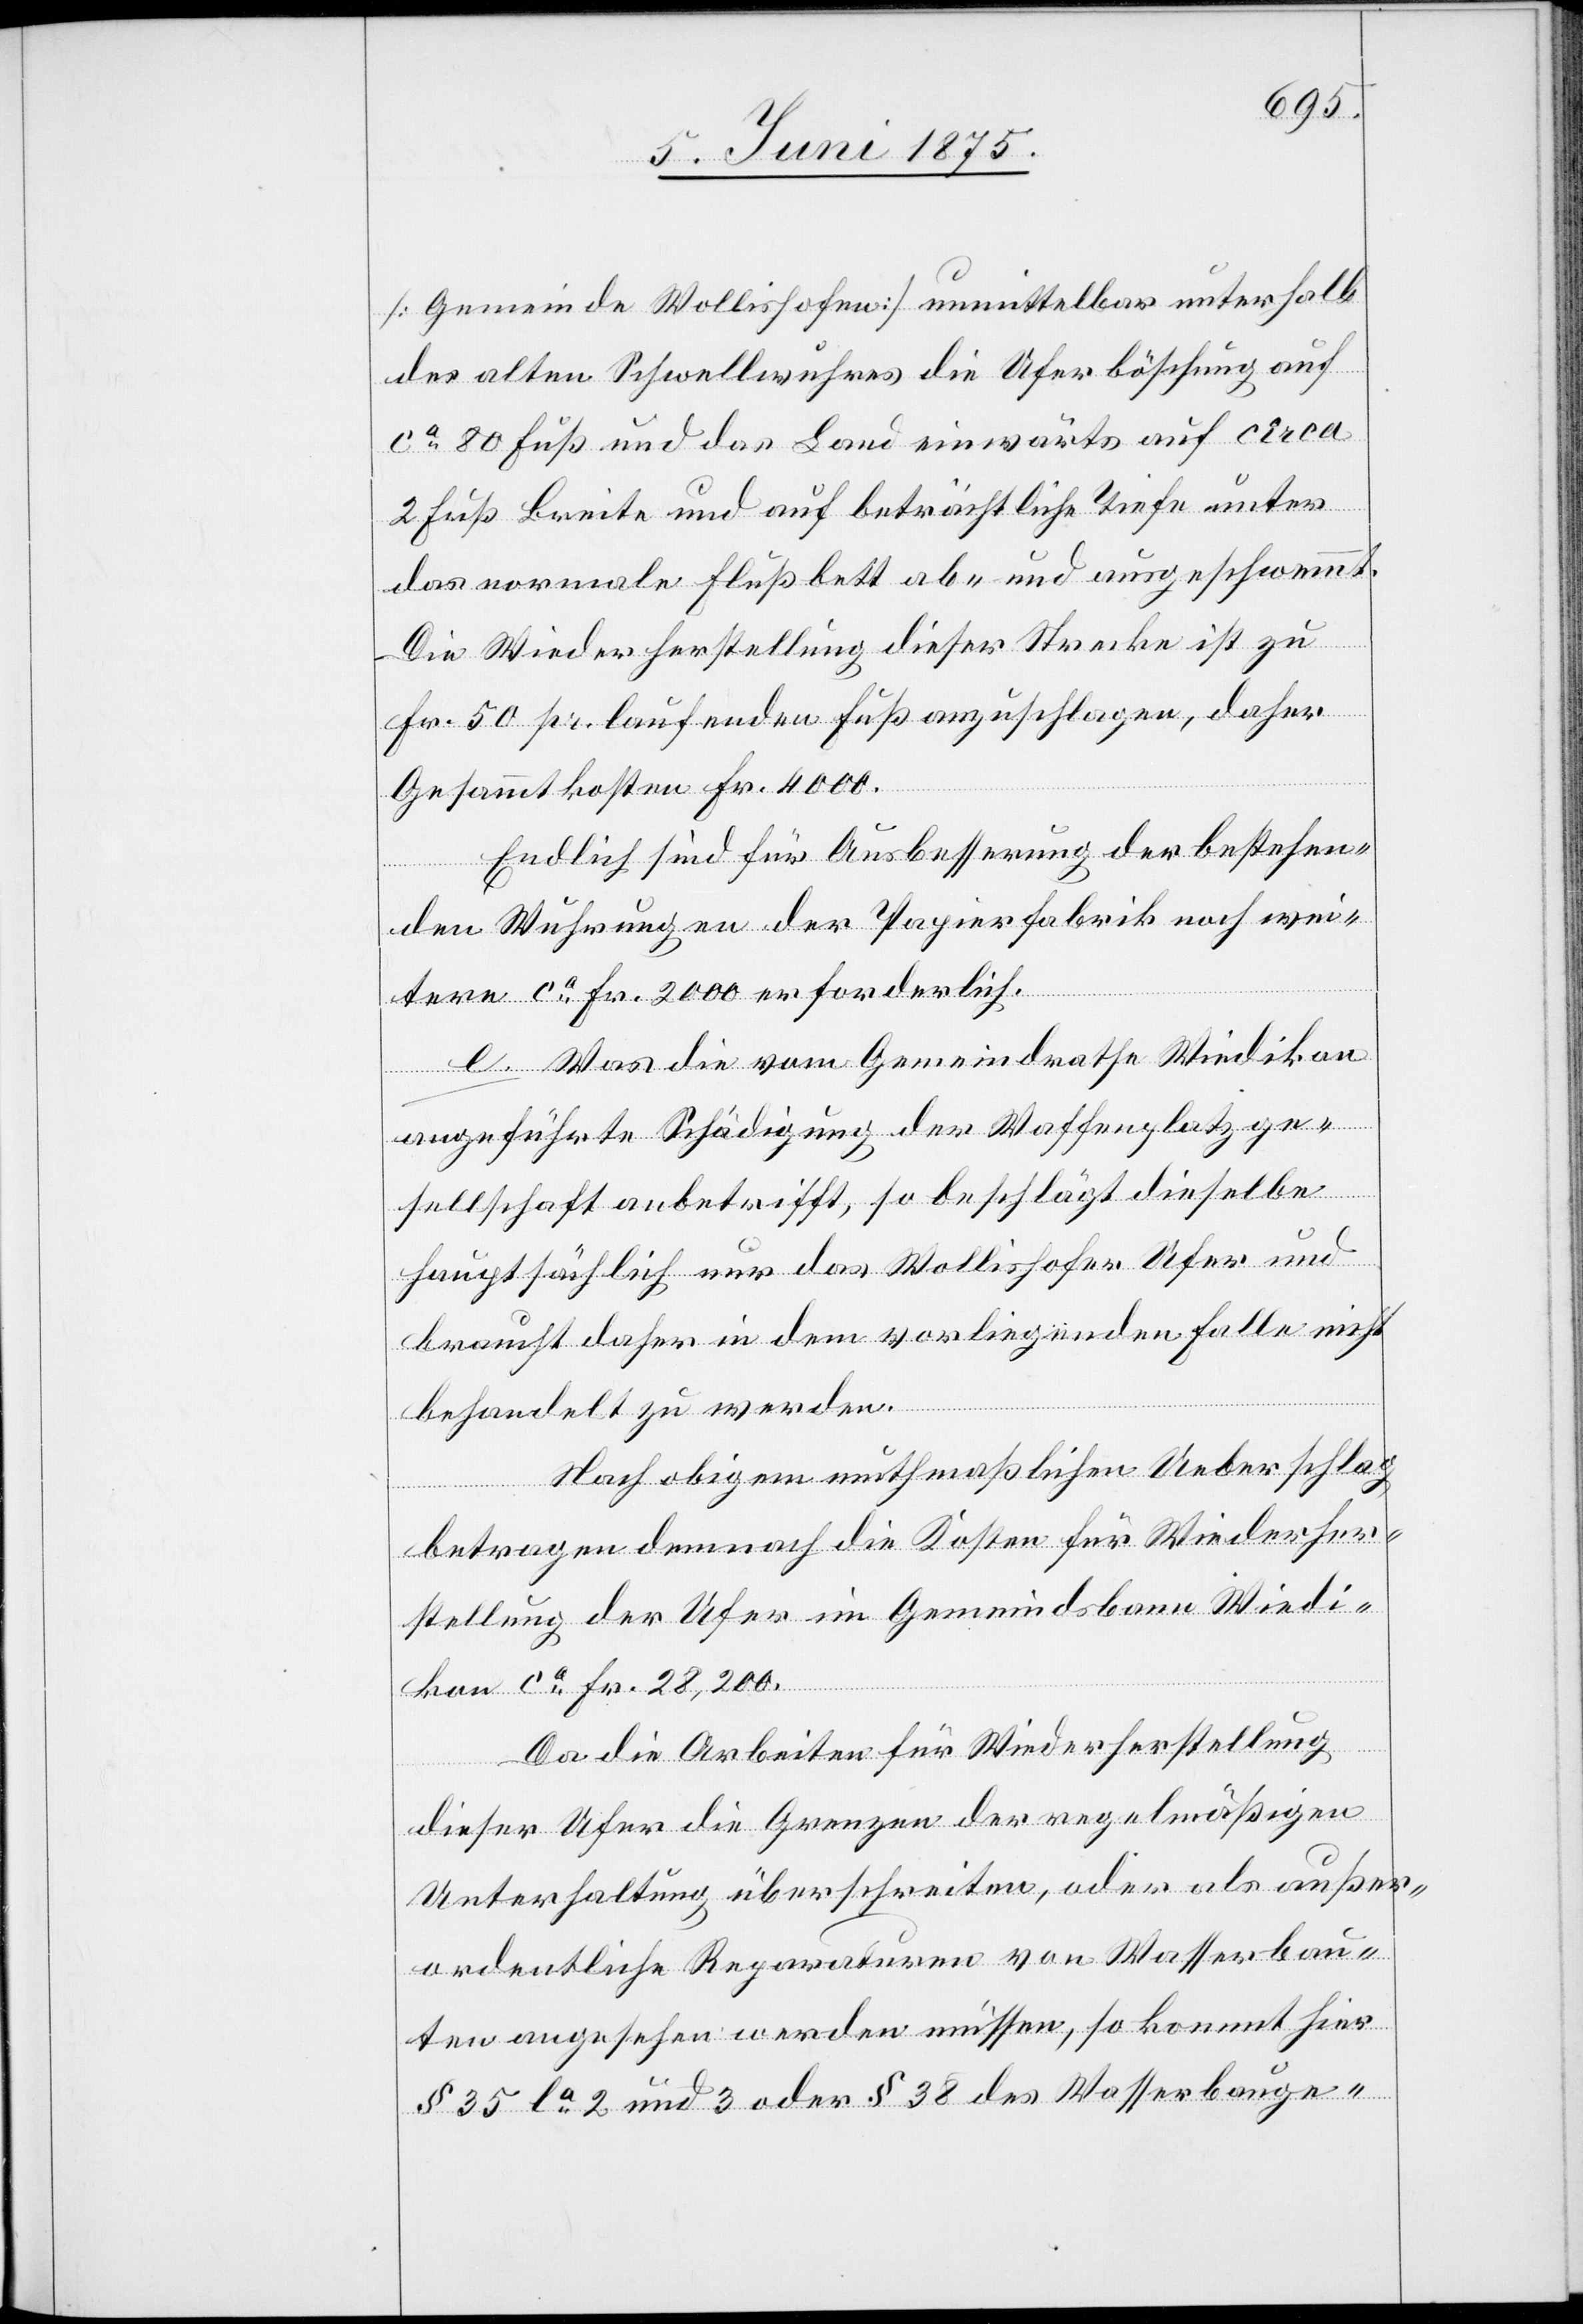
[Gemeinde Wollishofen] unmittelbar unterhalb
des alten Schwellwuhres die Uferböschung auf
ca 80 Fuß und das Land einwärts auf circa
2 Fuß Breite und auf beträchtliche Tiefe unter
das normale Flußbett ab- und ausgeschwemmt.
Die Wiederherstellung dieser Strecke ist zu
Fr. 50 pr. laufenden Fuß anzuschlagen, daher
Gesammtkosten Fr. 4000.
Endlich sind für Ausbesserung der bestehen¬
den Wuhrung der Papierfabrik noch wei¬
tere ca Fr. 2000 erforderlich.
e. Was die vom Gemeindrathe Wiedikon
ausgeführte Schädigung der Waffenplatzge¬
sellschaft anbetrifft, so beschlägt dieselbe
hauptsächlich nur das Wollishofer Ufer und
braucht daher in dem vorliegenden Falle nicht
behandelt zu werden.
Nach obigem muthmaßlichen Ueberschlag
betragen demnach die Kosten für Wiederher¬
stellung der Ufer im Gemeindsbann Wiedi¬
kon ca Fr. 28,200.
Da die Arbeiten für Wiederherstellung
dieser Ufer die Grenzen der regelmäßigen
Unterhaltung überschreiten, oder als außer¬
ordentliche Reparaturen von Wasserbau¬
ten angesehen werden müssen, so kommt hier
§ 35 la 2 und 3 oder § 38 des Wasserbauge-